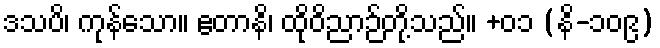
ဒသပိ၊ ကုန်သော။ ဧတာနိ၊ ထိုဝိညာဉ်တို့သည်။ +၀၁ (နိ-၁၀၉)